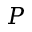
P